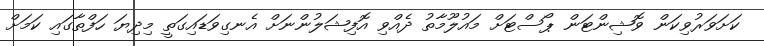
ކަށަވަރުވިކަން ވޮޝިންޓަން ޕޯސްޓަށް މައުލޫމާތު ދެއްވި އޮފިޝަލުންނަށް އެނގިވަޑައިގަތީ މިދިޔަ ހަފްތާގައި ކަމަށް